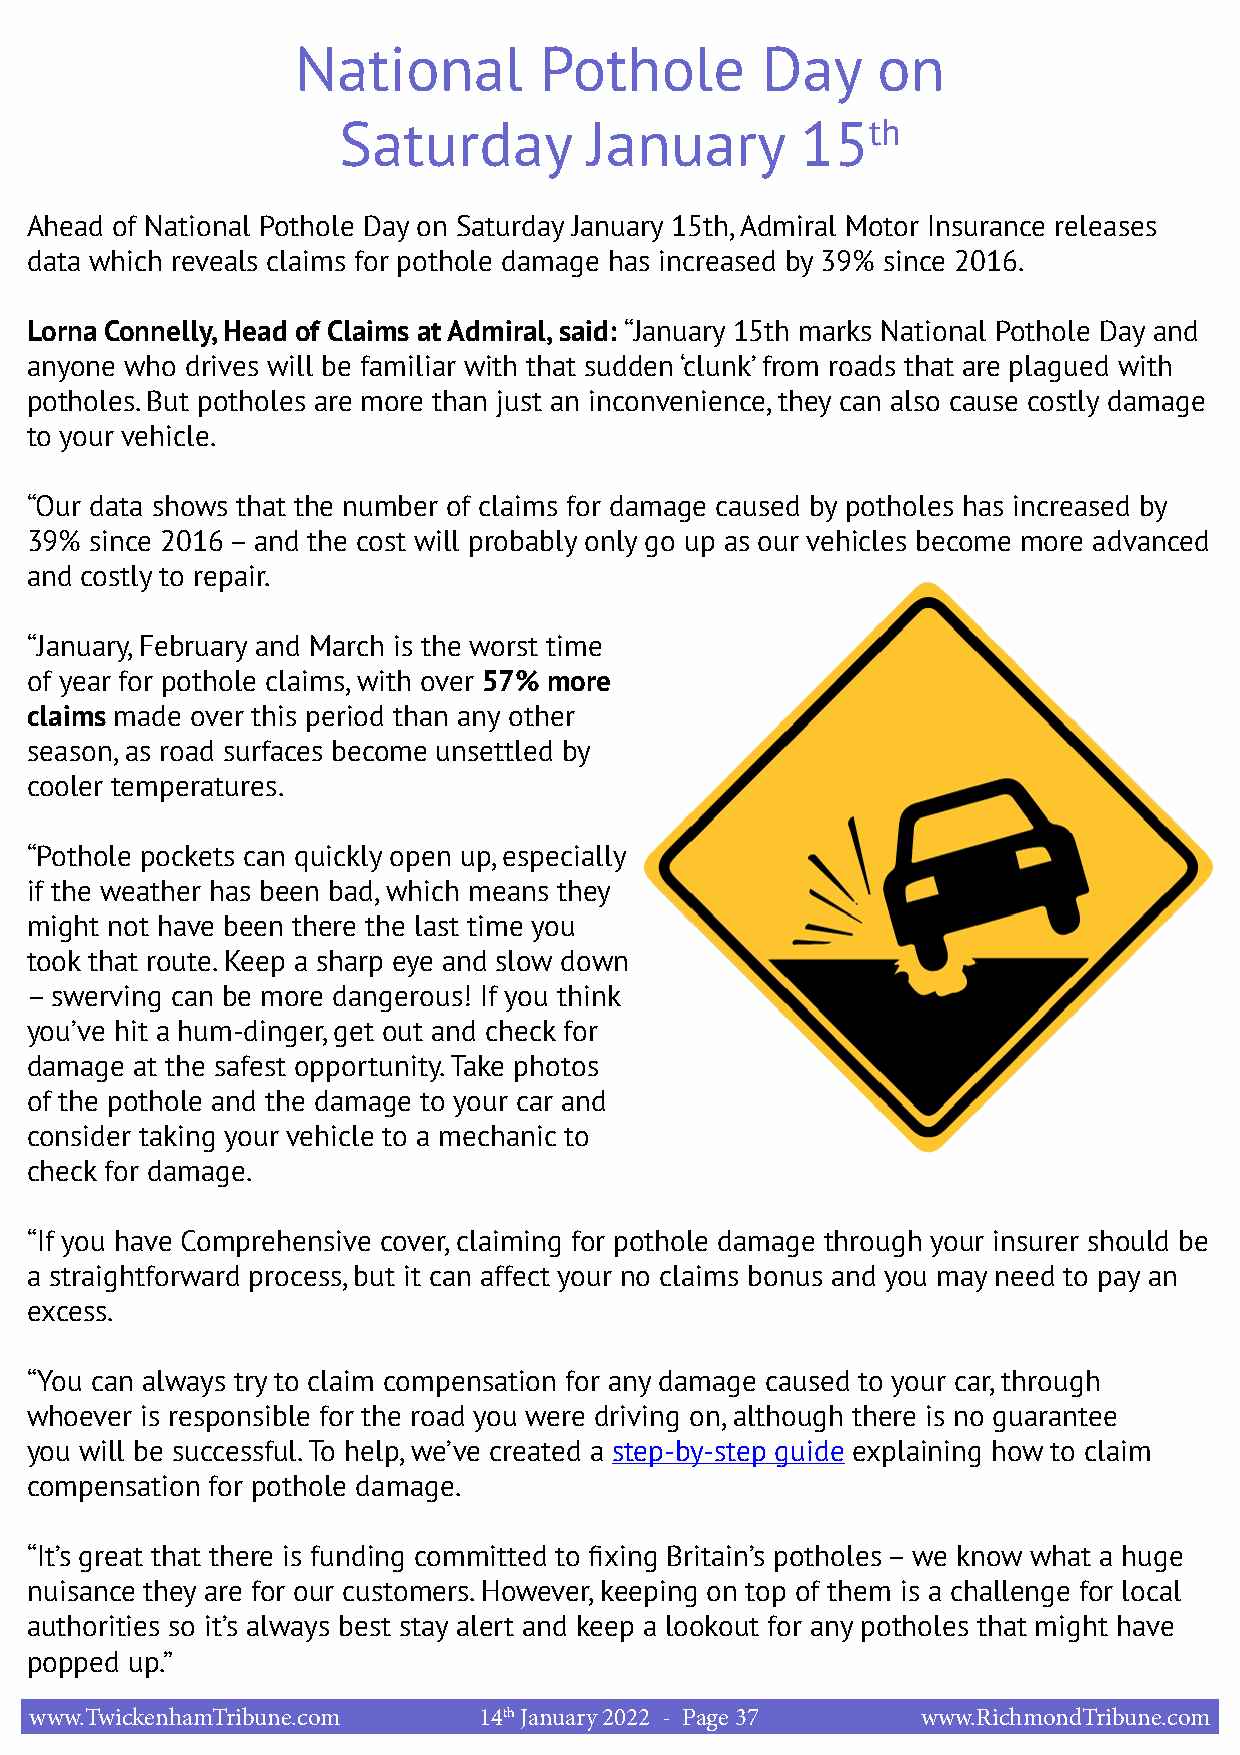
National        Pothole       Day     on
 Saturday         January       15th
 Ahead of National Pothole Day on Saturday January 15th, Admiral Motor Insurance releases
 data which reveals claims for pothole damage has increased by 39% since 2016.
 Lorna Connelly, Head of Claims at Admiral, said: “January 15th marks National Pothole Day and
 anyone who drives will be familiar with that sudden ‘clunk’ from roads that are plagued with
 potholes. But potholes are more than just an inconvenience, they can also cause costly damage
 to your vehicle.
 “Our data shows that the number of claims for damage caused by potholes has increased by
 39% since 2016 – and the cost will probably only go up as our vehicles become more advanced
 and costly to repair.
 “January, February and March is the worst time
 of year for pothole claims, with over 57% more
 claims made over this period than any other
 season, as road surfaces become unsettled by
 cooler temperatures.
 “Pothole pockets can quickly open up, especially
 if the weather has been bad, which means they
 might not have been there the last time you
 took that route. Keep a sharp eye and slow down
 – swerving can be more dangerous! If you think
 you’ve hit a hum-dinger, get out and check for
 damage at the safest opportunity. Take photos
 of the pothole and the damage to your car and
 consider taking your vehicle to a mechanic to
 check for damage.
 “If you have Comprehensive cover, claiming for pothole damage through your insurer should be
 a straightforward process, but it can affect your no claims bonus and you may need to pay an
 excess.
 “You can always try to claim compensation for any damage caused to your car, through
 whoever is responsible for the road you were driving on, although there is no guarantee
 you will be successful. To help, we’ve created a step-by-step guide explaining how to claim
 compensation for pothole damage.
 “It’s great that there is funding committed to fixing Britain’s potholes – we know what a huge
 nuisance they are for our customers. However, keeping on top of them is a challenge for local
 authorities so it’s always best stay alert and keep a lookout for any potholes that might have
 popped up.”
 www.TwickenhamTribune.com     14th January 2022 - Page 37  www.RichmondTribune.com